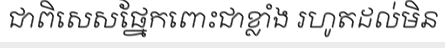
ជាពិសេសផ្នែកពោះជាខ្លាំង រហូតដល់មិន